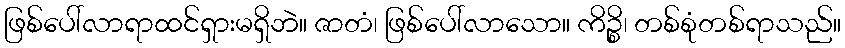
ဖြစ်ပေါ်လာရာထင်ရှားမရှိဘဲ။ ဇာတံ၊ ဖြစ်ပေါ်လာသော။ ကိဉ္စိ၊ တစ်စုံတစ်ရာသည်။